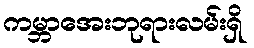
ကမ္ဘာအေးဘုရားလမ်းရှိ